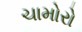
ચામોરો